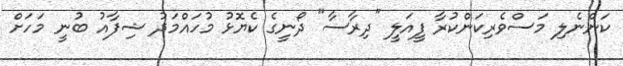
ކަންނެލި މަސްވެރިކަންކުރާ ފީއަލީ "ދިރާސާ" ދޯނީގެ ކެޔޮޅު މުހައްމަދު ޝިފާއު ބުނީ މަހަށް